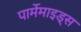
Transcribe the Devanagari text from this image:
पार्मेमाइड्स